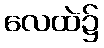
လေထဲ၌